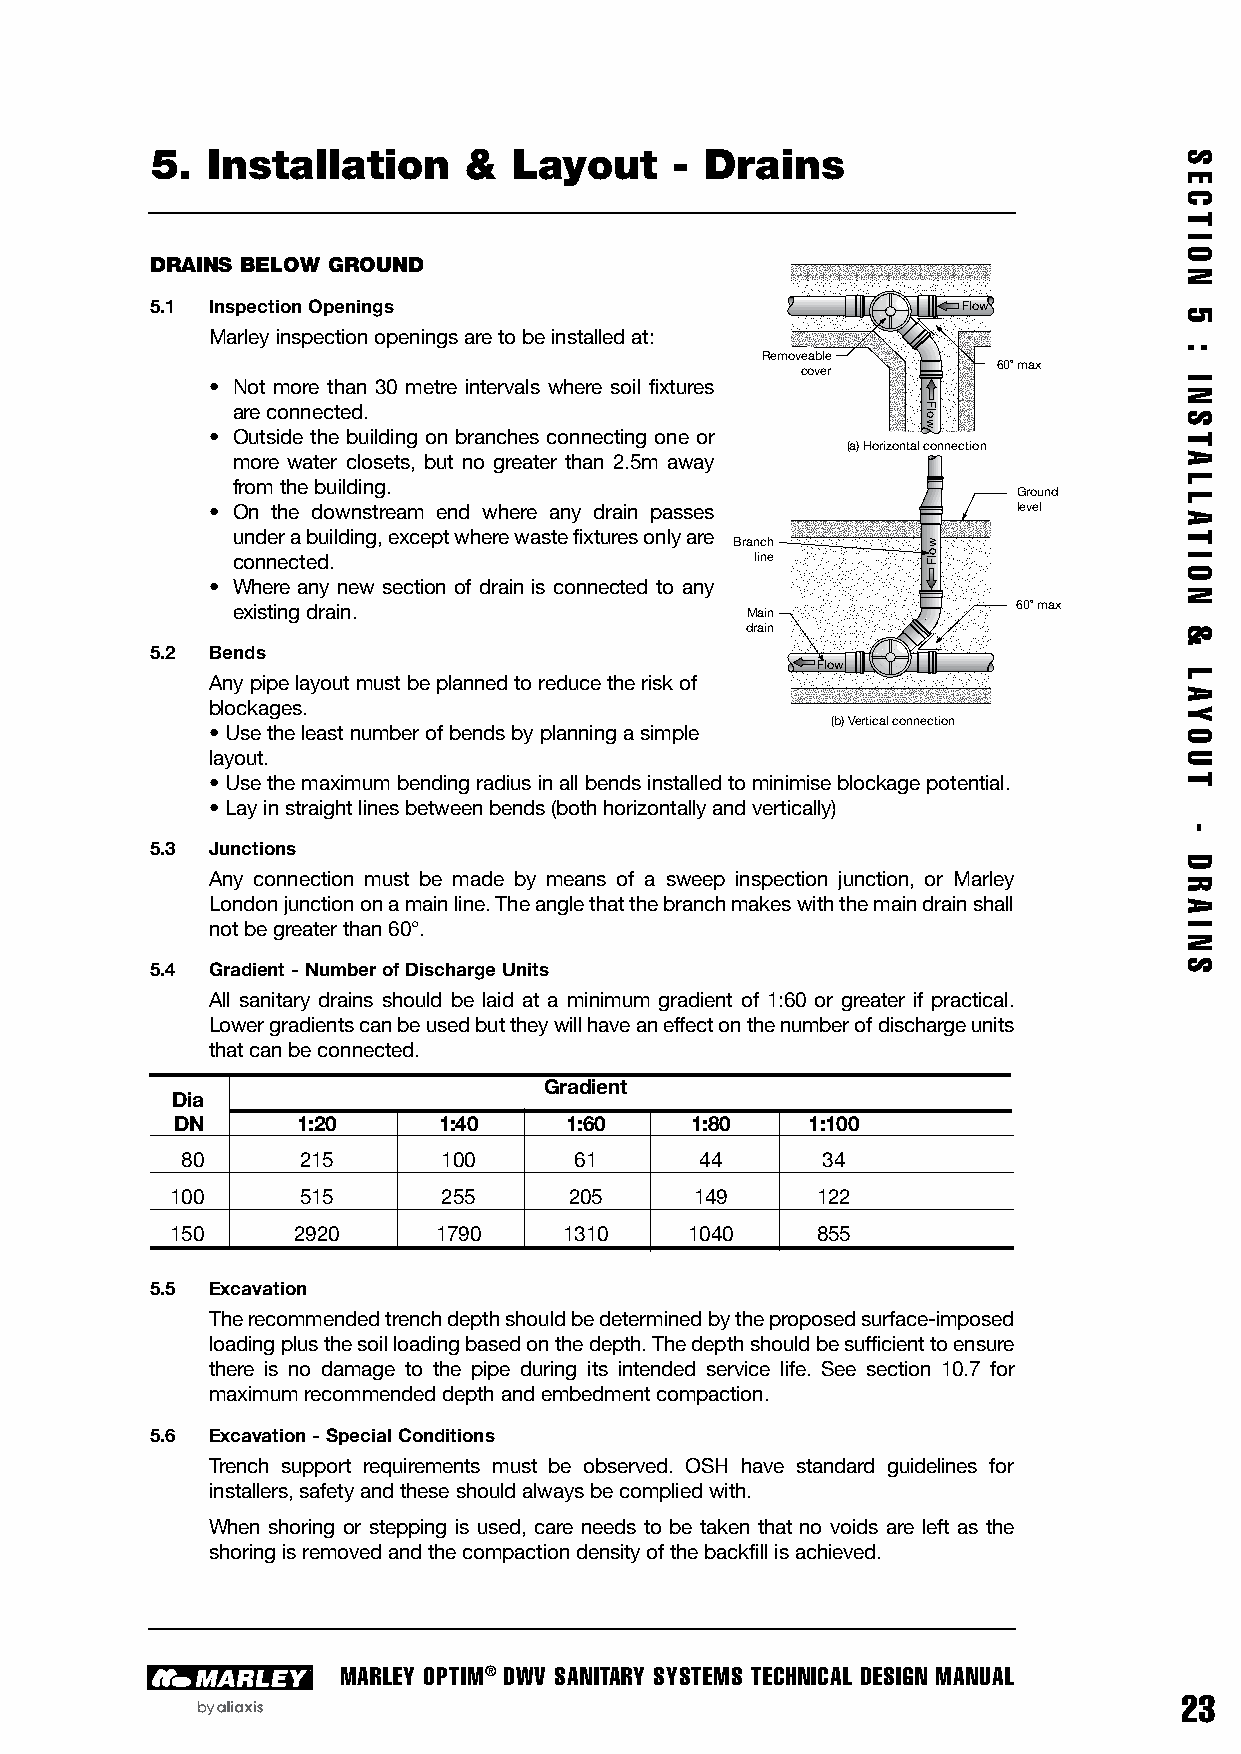
5.  Installation     &  Layout    -  Drains
 DRAINS BELOW GROUND
 5.1 Inspection Openings                               Flow
 Marley inspection openings are to be installed at:
 Removeable
 60o max
 cover
 • Not more than 30 metre intervals where soil fixtures
 are connected.
 • Outside the building on branches connecting one or
 (a) Horizontal connection
 more water closets, but no greater than 2.5m away
 from the building.
 Ground
 • On the downstream end where any drain passes       level
 under a building, except where waste fixtures only are
 Branch
 connected.                         line
 • Where any new section of drain is connected to any
 existing drain.                   Main              60o max
 drain
 5.2 Bends
 Flow
 Any pipe layout must be planned to reduce the risk of
 blockages.
 (b) Vertical connection
 • Use the least number of bends by planning a simple
 layout.
 • Use the maximum bending radius in all bends installed to minimise blockage potential.
 • Lay in straight lines between bends (both horizontally and vertically)
 5.3 Junctions
 Any connection must be made by means of a sweep inspection junction, or Marley
 London junction on a main line. The angle that the branch makes with the main drain shall
 not be greater than 60°.
 5.4 Gradient - Number of Discharge Units
 All sanitary drains should be laid at a minimum gradient of 1:60 or greater if practical.
 Lower gradients can be used but they will have an effect on the number of discharge units
 that can be connected.
 Gradient
 Dia
 DN       1:20     1:40    1:60     1:80   1:100
 80      215      100      61      44      34
 100      515      255      205     149     122
 150     2920      1790    1310     1040    855
 5.5 Excavation
 The recommended trench depth should be determined by the proposed surface-imposed
 loading plus the soil loading based on the depth. The depth should be sufficient to ensure
 there is no damage to the pipe during its intended service life. See section 10.7 for
 maximum recommended depth and embedment compaction.
 5.6 Excavation - Special Conditions
 Trench support requirements must be observed. OSH have standard guidelines for
 installers, safety and these should always be complied with.
 When shoring or stepping is used, care needs to be taken that no voids are left as the
 shoring is removed and the compaction density of the backfill is achieved.
 MARLEY OPTIM® DWV SANITARY SYSTEMS TECHNICAL DESIGN MANUAL
 23
 Flow
 wolF
 S
 E
 C
 T
 I
 O
 N
 5
 :
 I
 N
 S
 TA
 L
 L
 AT
 I
 O
 N
 &
 L
 AY
 O
 U
 T
 -
 D
 R
 A
 I
 N
 S